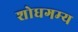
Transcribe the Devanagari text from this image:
शोधगम्‍य